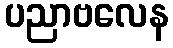
ပညာဗလေန